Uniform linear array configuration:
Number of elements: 8
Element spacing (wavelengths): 1
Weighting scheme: binomial
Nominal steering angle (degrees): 15
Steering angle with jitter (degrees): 13.431
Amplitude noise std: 0.05
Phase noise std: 0.05

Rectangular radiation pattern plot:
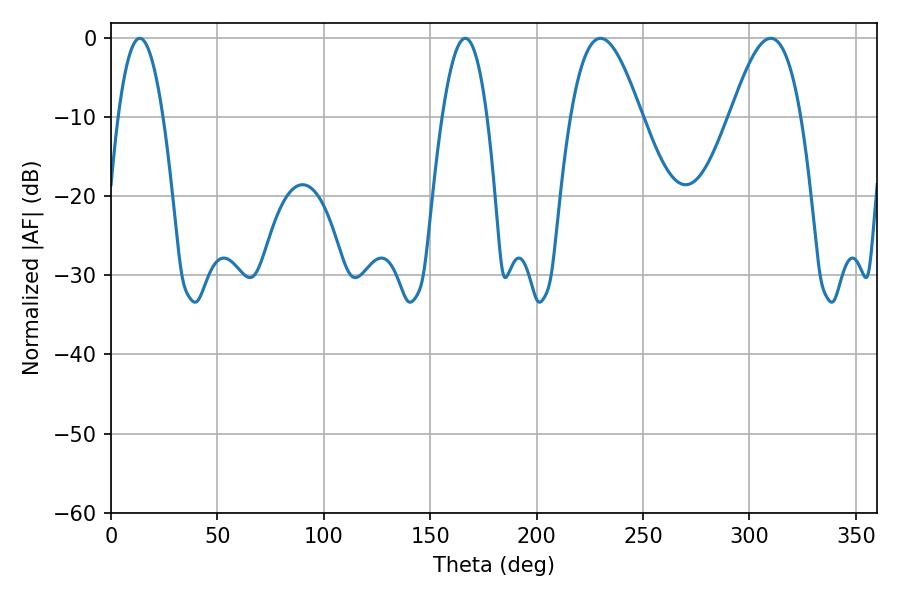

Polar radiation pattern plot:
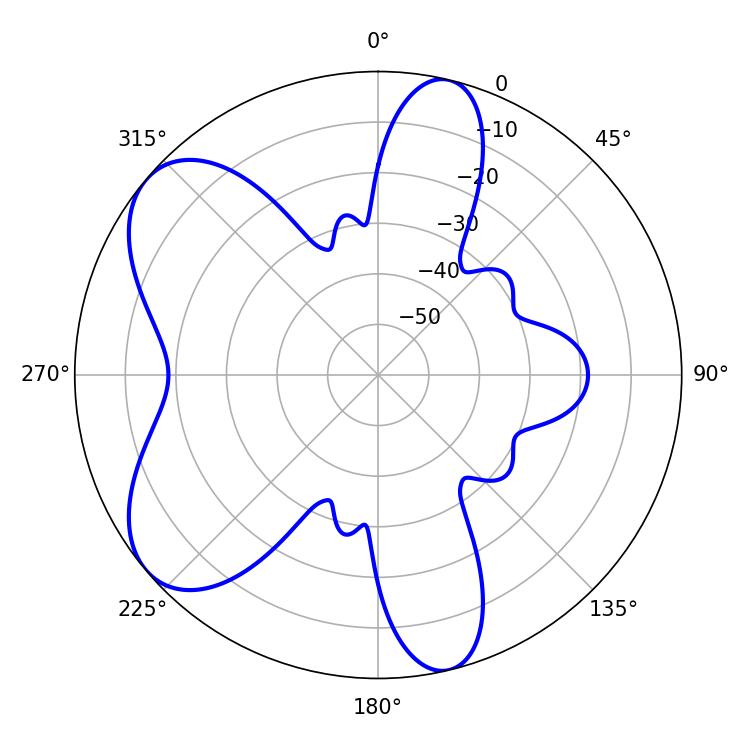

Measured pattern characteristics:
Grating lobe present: TRUE
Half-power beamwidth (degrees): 17.82
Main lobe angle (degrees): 230.04